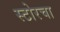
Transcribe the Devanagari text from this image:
स्टोरचा